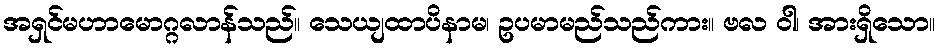
အရှင်မဟာမောဂ္ဂလာန်သည်။ သေယျထာပိနာမ၊ ဥပမာမည်သည်ကား။ ဗလ ဝါ၊ အားရှိသော။